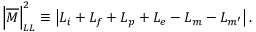
\left| { \overline { { { \cal M } } } } \right| _ { L L } ^ { 2 } \equiv \left| { \cal L } _ { i } + { \cal L } _ { f } + { \cal L } _ { p } + { \cal L } _ { e } - { \cal L } _ { m } - { \cal L } _ { m ^ { \prime } } \right| .